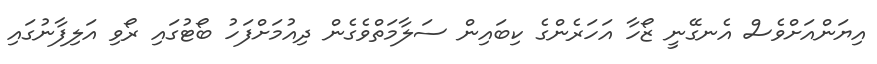
އިޔަންއަށްވެސް އެނގޭނީ ޒޯހާ އަހަރެންގެ ކިބައިން ސަލާމަތްވެގެން ދިއުމަށްފަހު ބޯޓުގައި ރޯވި އަލިފާނުގައި